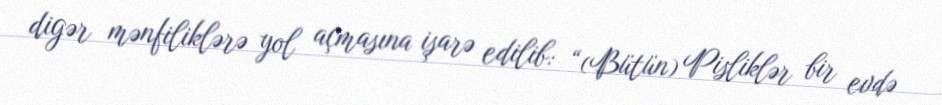
digər mənfiliklərə yol açmasına işarə edilib: “(Bütün) Pisliklər bir evdə